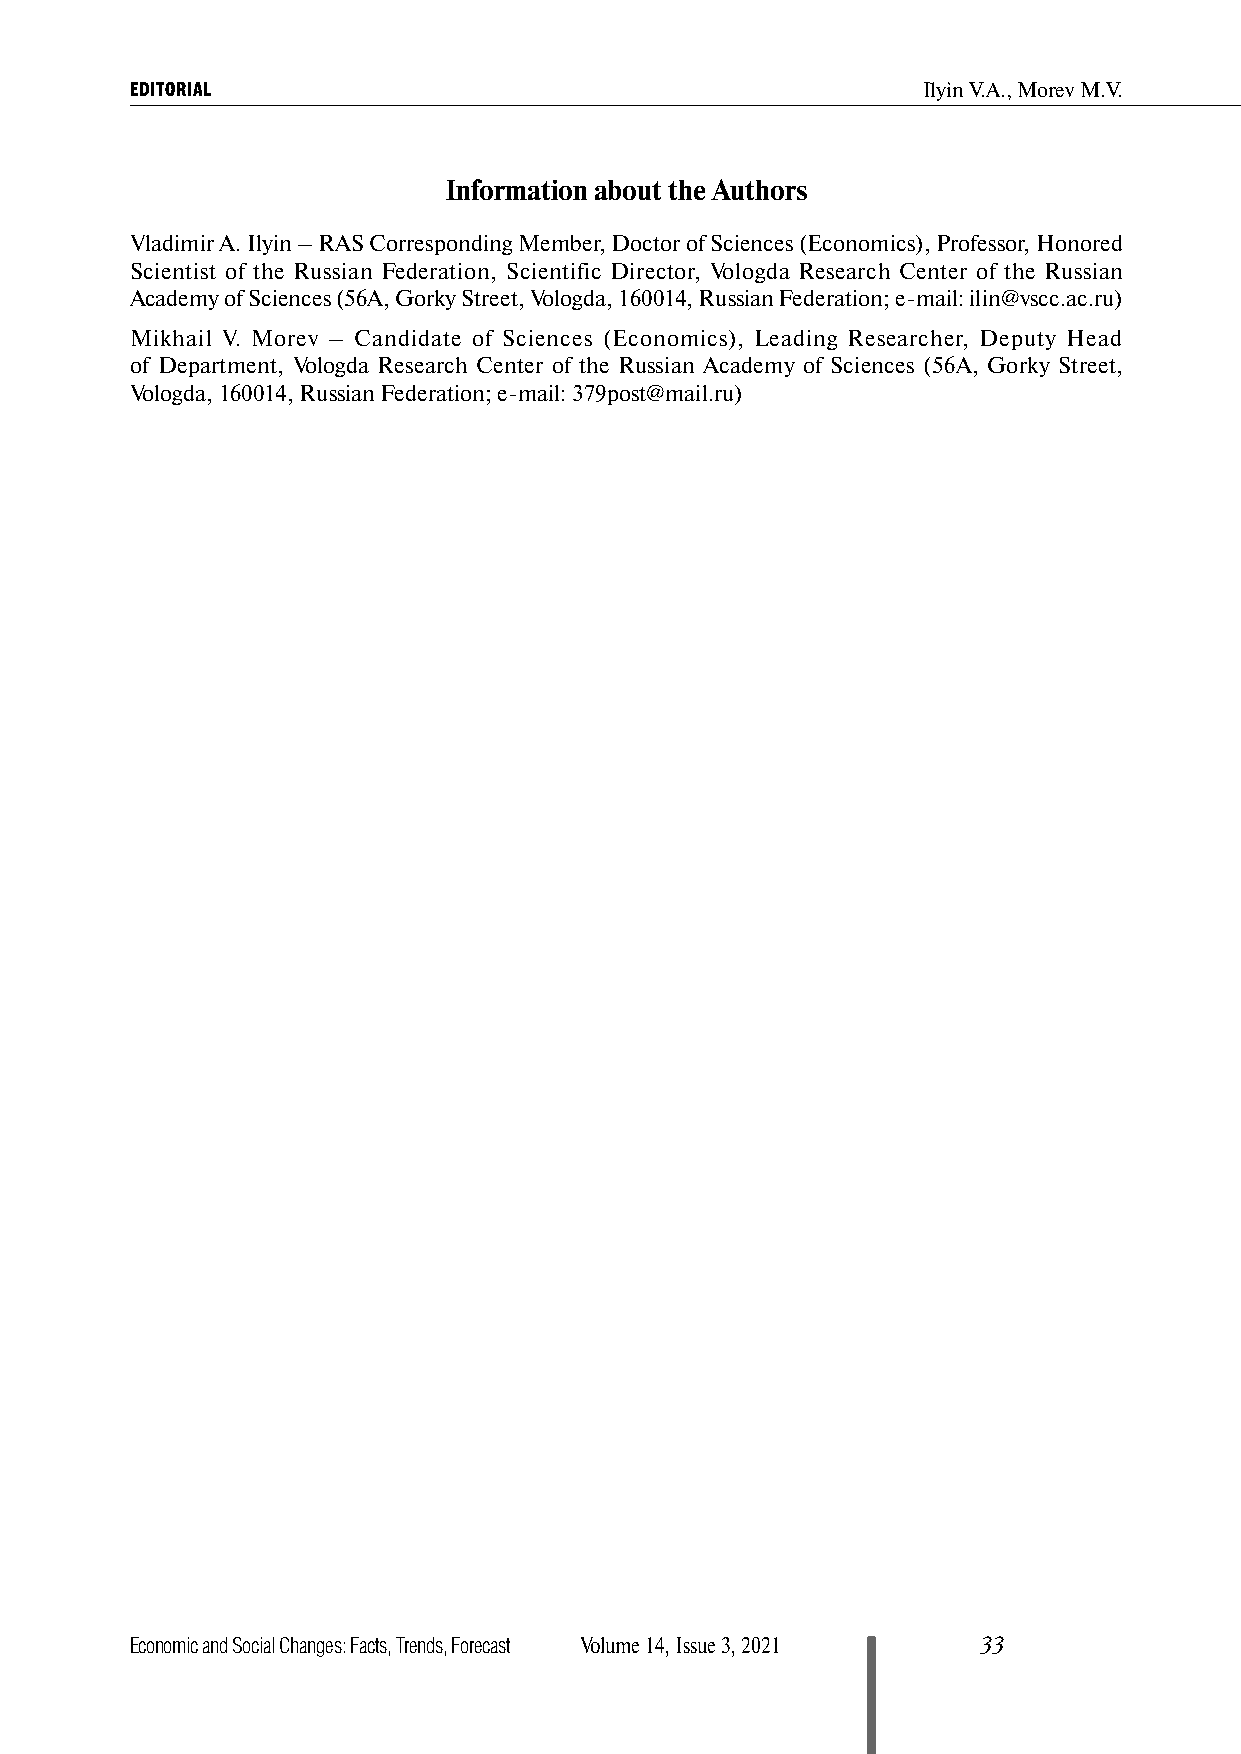
EDITORIAL                                           Ilyin V.A., Morev M.V.
 Information about the Authors
 Vladimir A. Ilyin – RAS Corresponding Member, Doctor of Sciences (Economics), Professor, Honored
 Scientist of the Russian Federation, Scientific Director, Vologda Research Center of the Russian
 Academy of Sciences (56A, Gorky Street, Vologda, 160014, Russian Federation; e-mail: ilin@vscc.ac.ru)
 Mikhail V. Morev – Candidate of Sciences (Economics), Leading Researcher, Deputy Head
 of Department, Vologda Research Center of the Russian Academy of Sciences (56A, Gorky Street,
 Vologda, 160014, Russian Federation; e-mail: 379post@mail.ru)
 Economic and Social Changes: Facts, Trends, Forecast Volume 14, Issue 3, 2021 33